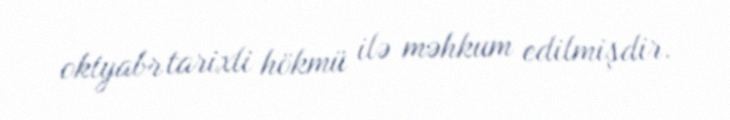
oktyabr tarixli hökmü ilə məhkum edilmişdir.